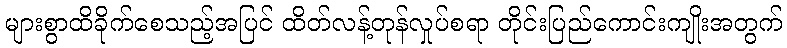
များစွာထိခိုက်စေသည့်အပြင် ထိတ်လန့်တုန်လှုပ်စရာ တိုင်းပြည်ကောင်းကျိုးအတွက်